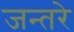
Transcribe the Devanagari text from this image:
जन्तरे